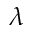
\lambda